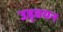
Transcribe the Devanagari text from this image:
उड़्डयन